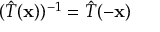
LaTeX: ( { \hat { T } } ( \mathbf { x } ) ) ^ { - 1 } = { \hat { T } } ( - \mathbf { x } )